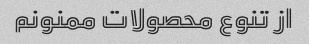
از تنوع محصولات ممنونم